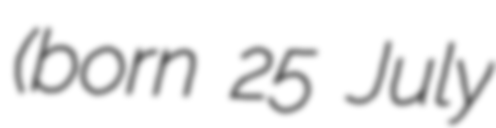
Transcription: (born 25 July